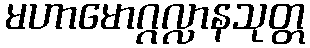
မဟာမောဂ္ဂလ္လာနသုတ္တ